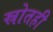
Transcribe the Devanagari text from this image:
स्रोतही